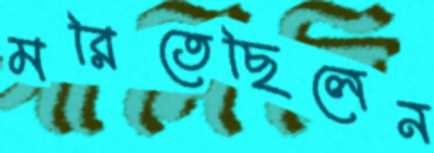
মরিতেছিলেন